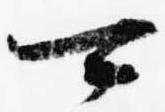
可